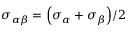
\sigma _ { \alpha \beta } = \left( \sigma _ { \alpha } + \sigma _ { \beta } \right) \! / 2